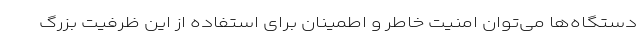
دستگاه‌ها می‌توان امنیت خاطر و اطمینان برای استفاده از این ظرفیت بزرگ